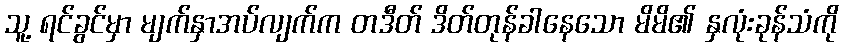
သူ့ ရင်ခွင်မှာ မျက်နှာအပ်လျက်က တဒီတ် ဒိတ်တုန်ခါနေသော မိမိ၏ နှလုံးခုန်သံကို